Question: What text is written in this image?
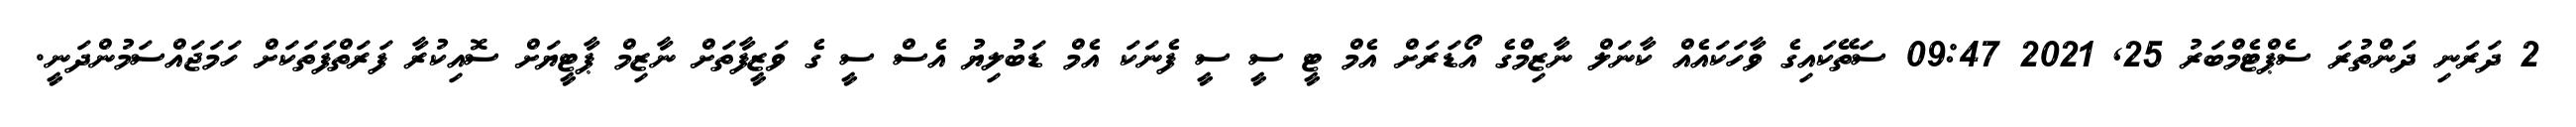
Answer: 2 ދަރަނި ދަންތުރަ ސެޕްޓެމްބަރު 25, 2021 09:47 ސަތޭކައިގެ ވާހަކައެއް ކާނަލް ނާޒިމްގެ އޯޑަރަށް އެމް ޓީ ސީ ސީ ފެނަކަ އެމް ޑަބުލިޔު އެސް ސީ ގެ ވަޒީފާތަށް ނާޒިމް ޕާޓީޔަށް ސޮއިކުރާ ފަރަތްފަތަކަށް ހަމަޖައްސަމުންދަނީ.